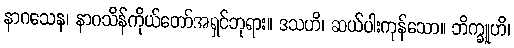
နာဂသေန၊ နာဂသိန်ကိုယ်တော်အရှင်ဘုရား။ ဒသဟိ၊ ဆယ်ပါးကုန်သော။ ဘိက္ခူဟိ၊